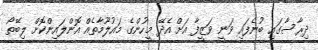
ދިރާސާގައި ބުނެފައި ވަނީ ވަޒީފާ އަށް އެދޭ މީހުންގެ މައުލޫމާތެއް އޮންލައިންކޮށް ލިބޭތޯ